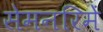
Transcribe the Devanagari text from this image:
सेमनरिमें